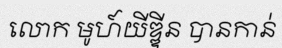
លោក មូហ៍យីឌ្ឌីន បានកាន់